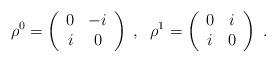
LaTeX: \begin{align*}\rho^0=\left(\begin{array}{cc}0 & -i \\ i & 0 \end{array}\right) \;,\;\; \rho^1=\left(\begin{array}{cc}0 & i \\ i & 0 \end{array}\right)\;.\end{align*}